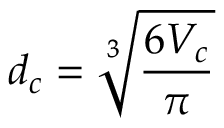
d _ { c } = \sqrt [ 3 ] { \frac { 6 V _ { c } } { \pi } }